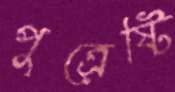
পুত্রেষ্টি